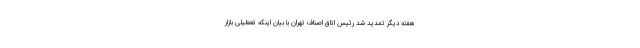
هفته دیگر تمدید شد رئیس اتاق اصناف تهران با بیان اینکه تعطیلی بازار